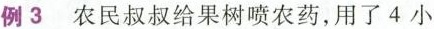
例3农民叔叔给果树喷农药，用了4小